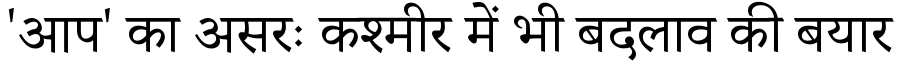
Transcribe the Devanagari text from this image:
'आप' का असरः कश्मीर में भी बदलाव की बयार